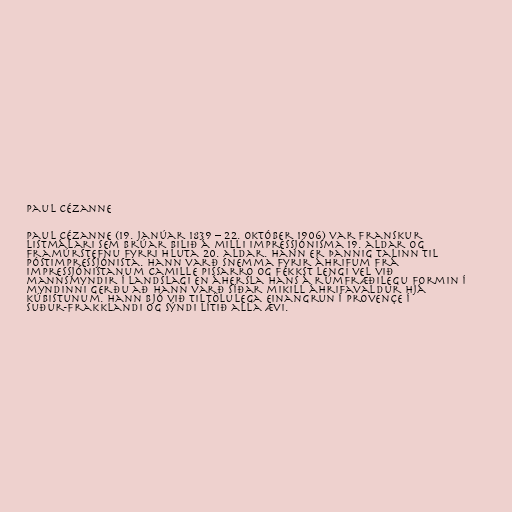
Paul Cézanne

Paul Cézanne (19. janúar 1839 – 22. október 1906) var franskur
listmálari sem brúar bilið á milli impressjónisma 19. aldar og
framúrstefnu fyrri hluta 20. aldar. Hann er þannig talinn til
póstimpressjónista. Hann varð snemma fyrir áhrifum frá
impressjónistanum Camille Pissarro og fékkst lengi vel við
mannsmyndir í landslagi en áhersla hans á rúmfræðilegu formin í
myndinni gerðu að hann varð síðar mikill áhrifavaldur hjá
kúbistunum. Hann bjó við tiltölulega einangrun í Provençe í
Suður-Frakklandi og sýndi lítið alla ævi.